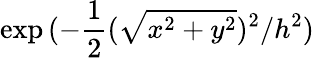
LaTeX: \exp{(-\frac{1}{2}(\sqrt{x^{2}+y^{2}})^{2}/h^{2})}